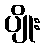
ပျိုး